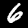
Digit: 6